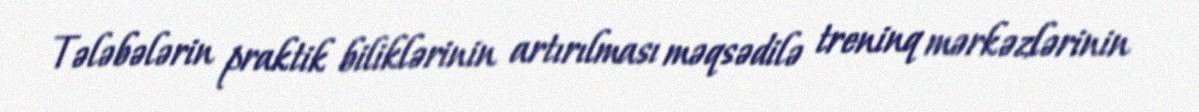
Tələbələrin praktik biliklərinin artırılması məqsədilə treninq mərkəzlərinin